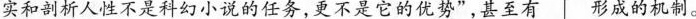
实和剖析人性不是科幻小说的任务，更不是它的优势”，甚至有 形成的机制。